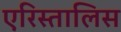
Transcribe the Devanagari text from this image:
एरिस्तालिस